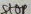
Text: Stop